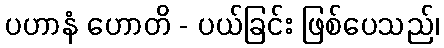
ပဟာနံ ဟောတိ - ပယ်ခြင်း ဖြစ်ပေသည်၊